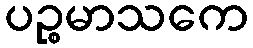
ပဉ္စမာသကေ